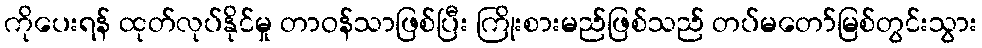
ကိုပေးရန် ထုတ်လုပ်နိုင်မှု တာဝန်သာဖြစ်ပြီး ကြိုးစားမည်ဖြစ်သည် တပ်မတော်မြစ်တွင်းသွား